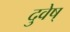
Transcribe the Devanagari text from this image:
दुवेष्